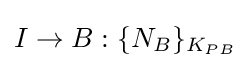
I\rightarrow B:\{N_{B}\}_{K_{PB}}